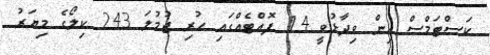
ކަސްޓަމްސް އިން ވިދާޅުވީ 14 ފޮއްޓެއްގައި ހުރި ޖުމުލަ 243 ކިލޯގެ މިޔަރު